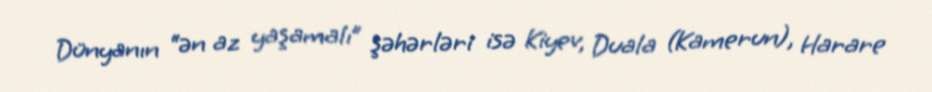
Dünyanın “ən az yaşamalı” şəhərləri isə Kiyev, Duala (Kamerun), Harare